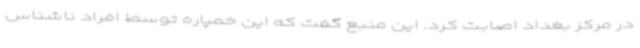
در مرکز بغداد اصابت کرد. این منبع گفت که این خمپاره توسط افراد ناشناس